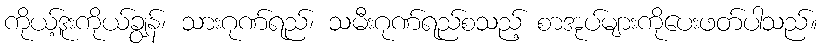
ကိုယ့်ဒူးကိုယ်ချွန်၊ သားဂုဏ်ရည်၊ သမီးဂုဏ်ရည်စသည့် စာအုပ်များကိုပေးဖတ်ပါသည်။